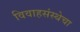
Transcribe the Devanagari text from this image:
विवाहसंस्थेचा